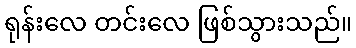
ရုန်းလေ တင်းလေ ဖြစ်သွားသည်။